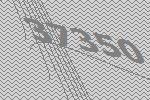
37350